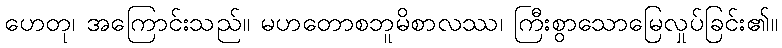
ဟေတု၊ အကြောင်းသည်။ မဟတောစဘူမိစာလဿ၊ ကြီးစွာသောမြေလှုပ်ခြင်း၏။